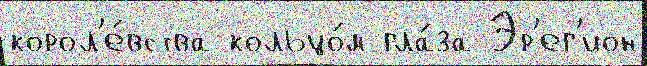
корол'е́вства кольцо́м гла́за Эр'ег'ион